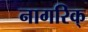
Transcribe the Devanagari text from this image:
नागरिक्